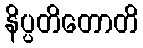
နိပ္ပတိတောတိ